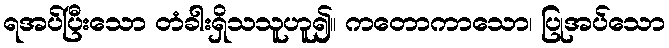
ရအပ်ပြီးသော တံခါးရှိသသူဟူ၍။ ကတောကာသော၊ ပြုအပ်သော